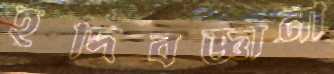
হূদিবজ্ঞানী